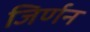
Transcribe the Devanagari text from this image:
जिर्णन